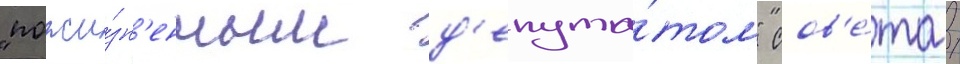
"пожи́зн'енным д'епута́том" сов'е́та /